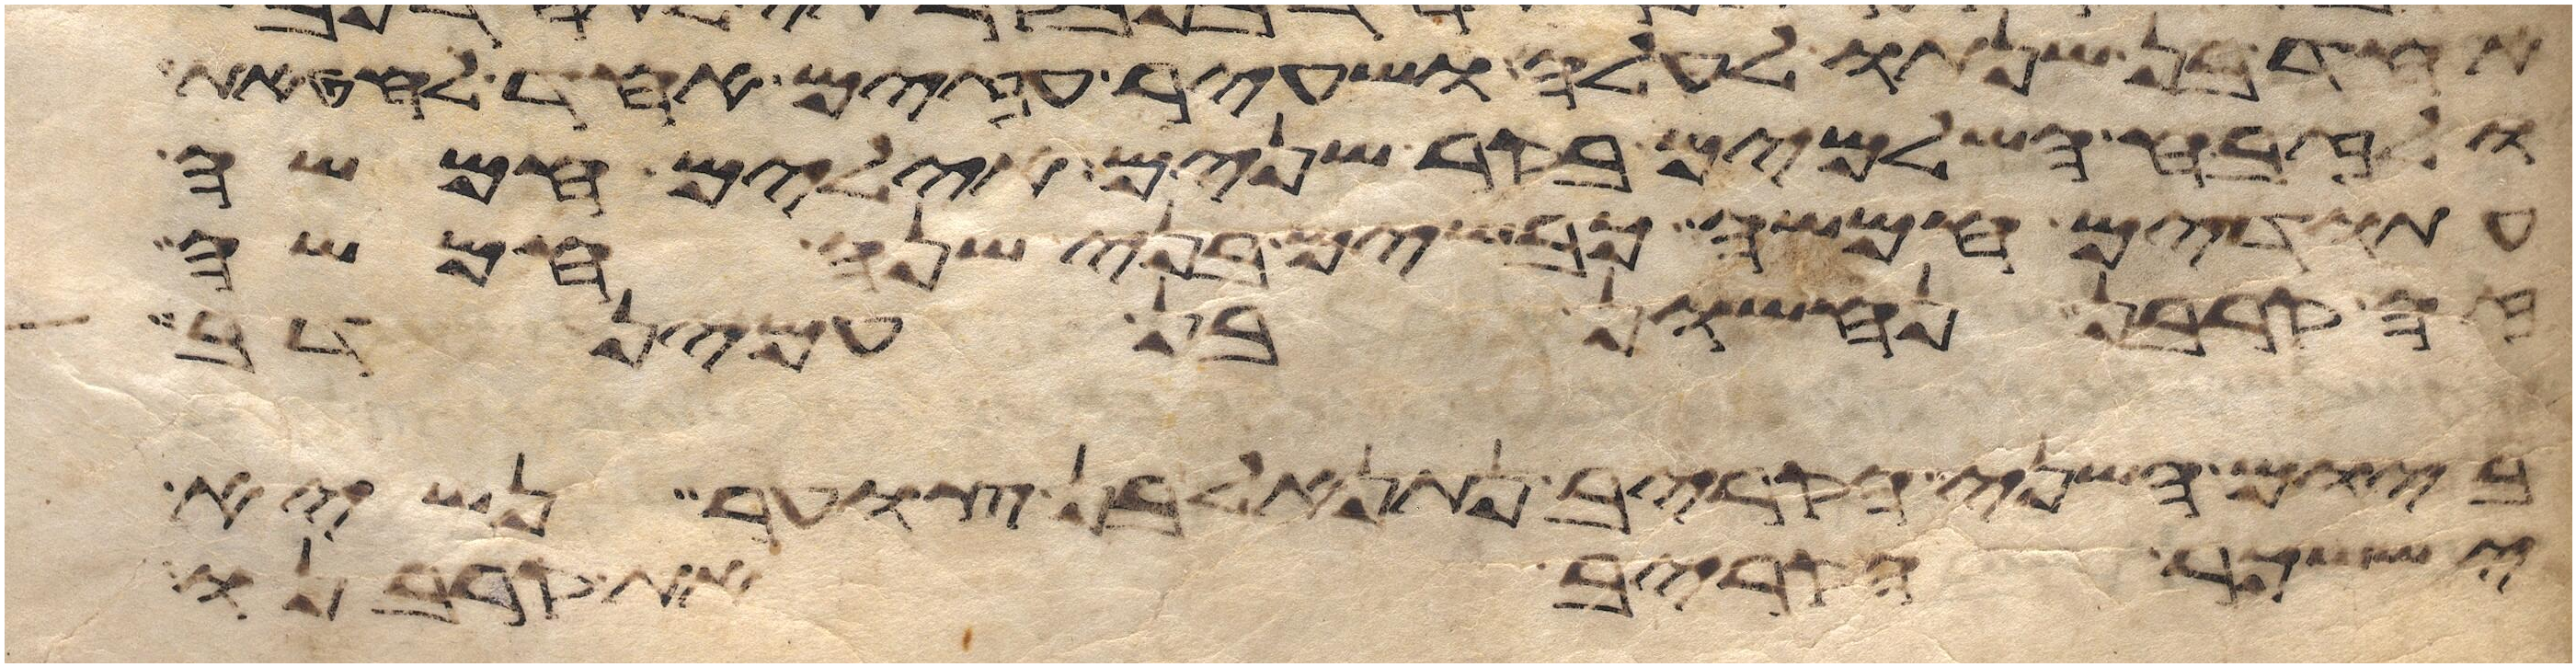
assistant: אחד בן שנתו לעלה ושעיר עזים אחד לחטאת
ולזבח השלמים בקר שנים אילים חמשה
עתודים חמשה כבשים בני שנה חמשה
זה קרבן נחשון בן עמינדב
ביום השני הקריב נתנאל בן צוער נשיא
יששכר הקריב את קרבנו